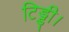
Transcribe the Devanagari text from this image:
टिड्डी।